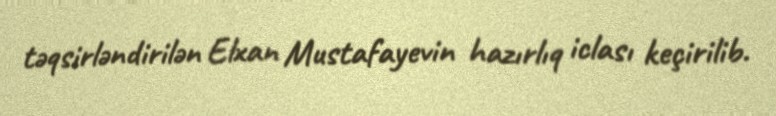
təqsirləndirilən Elxan Mustafayevin hazırlıq iclası keçirilib.